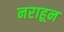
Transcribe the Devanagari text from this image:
नराहून